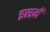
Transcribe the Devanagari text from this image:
इसमॅ